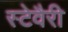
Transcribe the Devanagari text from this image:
स्टेवैरी